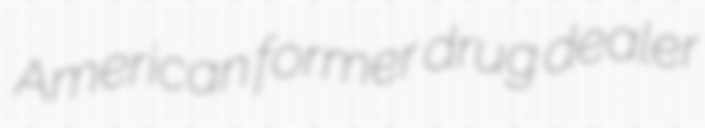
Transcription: American former drug dealer